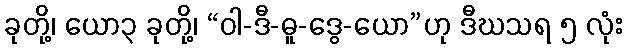
ခုတို့၊ ယော၃ ခုတို့၊ “ဝါ-ဒီ-ဓူ-ဒွေ-ယော”ဟု ဒီဃသရ ၅ လုံး